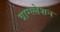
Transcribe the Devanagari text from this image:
त्रान्स्लेशन